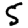
Digit: 5